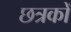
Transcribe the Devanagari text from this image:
छत्रकों